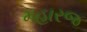
મહારજ